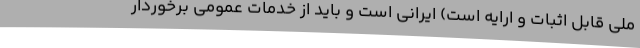
ملی قابل اثبات و ارایه است) ایرانی است و باید از خدمات عمومی برخوردار